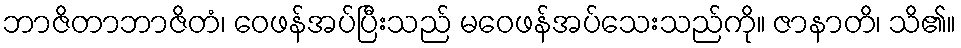
ဘာဇိတာဘာဇိတံ၊ ဝေဖန်အပ်ပြီးသည် မဝေဖန်အပ်သေးသည်ကို။ ဇာနာတိ၊ သိ၏။